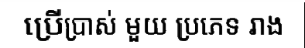
ប្រើប្រាស់ មួយ ប្រភេទ រាង